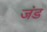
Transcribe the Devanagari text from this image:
जंड